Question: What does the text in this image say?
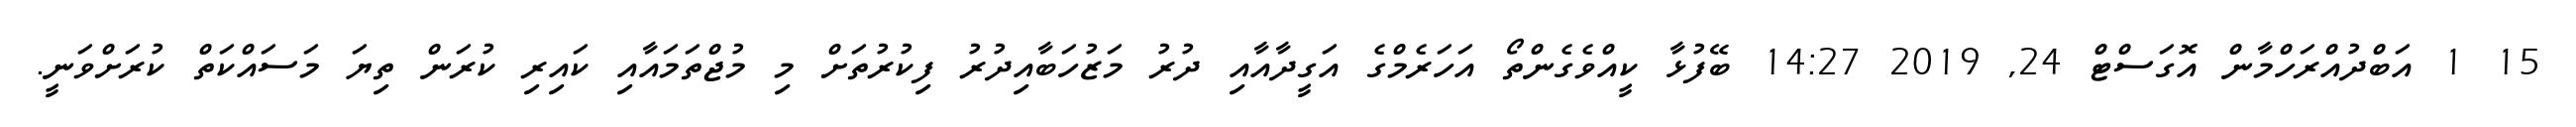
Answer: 15 1 އަބްދުއްރަހްމާން އޮގަސްޓް 24, 2019 14:27 ބޭފުޅާ ކީއްވެގެންތޯ އަހަރެމްގެ އަގީދާއާއި ދުރު މަޒުހަބާއިދުރު ފިކުރުތަށް މި މުޖްތަމައާއި ކައިރި ކުރަން ތިޔަ މަސައްކަތް ކުރަށްވަނީ.